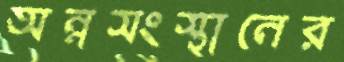
অন্নসংস্থানের